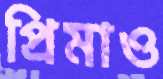
প্রিমাও